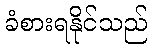
ခံစားရနိုင်သည်